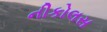
નીકોલસ